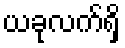
ယခုလက်ရှိ